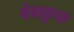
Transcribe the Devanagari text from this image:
बेबकूफ